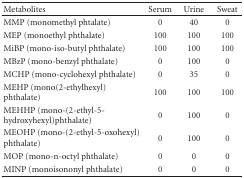
| Metabolites | Serum | Urine | Sweat |
 | --- | --- | --- | --- |
 | MMP (monomethyl phtalate) | 0 | 40 | 0 |
 | MEP (monoethyl phthalate) | 100 | 100 | 100 |
 | MiBP (mono-iso-butyl phthalate) | 100 | 100 | 100 |
 | MBzP (mono-benzyl phthalate) | 0 | 100 | 0 |
 | MCHP (mono-cyclohexyl phthalate) | 0 | 35 | 0 |
 | MEHP (mono(2-ethylhexyl) phthalate) | 100 | 100 | 100 |
 | MEHHP (mono-(2-ethyl-5-hydroxyhexyl)phthalate) | 0 | 100 | 0 |
 | MEOHP (mono-(2-ethyl-5-oxohexyl) phthalate) | 0 | 100 | 0 |
 | MOP (mono-n-octyl phthalate) | 0 | 0 | 0 |
 | MINP (monoisononyl phthalate) | 0 | 0 | 0 |